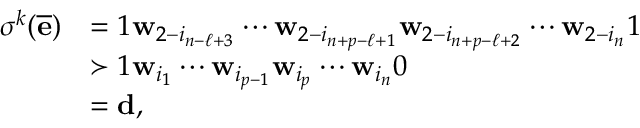
\begin{array} { r l } { \sigma ^ { k } ( \overline { { \mathbf e } } ) } & { = 1 \mathbf w _ { 2 - i _ { n - \ell + 3 } } \cdots \mathbf w _ { 2 - i _ { n + p - \ell + 1 } } \mathbf w _ { 2 - i _ { n + p - \ell + 2 } } \cdots \mathbf w _ { 2 - i _ { n } } 1 } \\ & { \succ 1 \mathbf w _ { i _ { 1 } } \cdots \mathbf w _ { i _ { p - 1 } } \mathbf w _ { i _ { p } } \cdots \mathbf w _ { i _ { n } } 0 } \\ & { = \mathbf d , } \end{array}